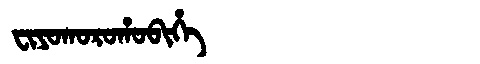
Manchu: ᠸᡳᠶᠣᡴᠣᡵᠣᡥᠣᠪᡳᡥᡝ
Romanization: FIYOKOROHOBIHE